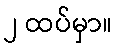
၂ ထပ်မှာ။